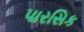
પારસિક